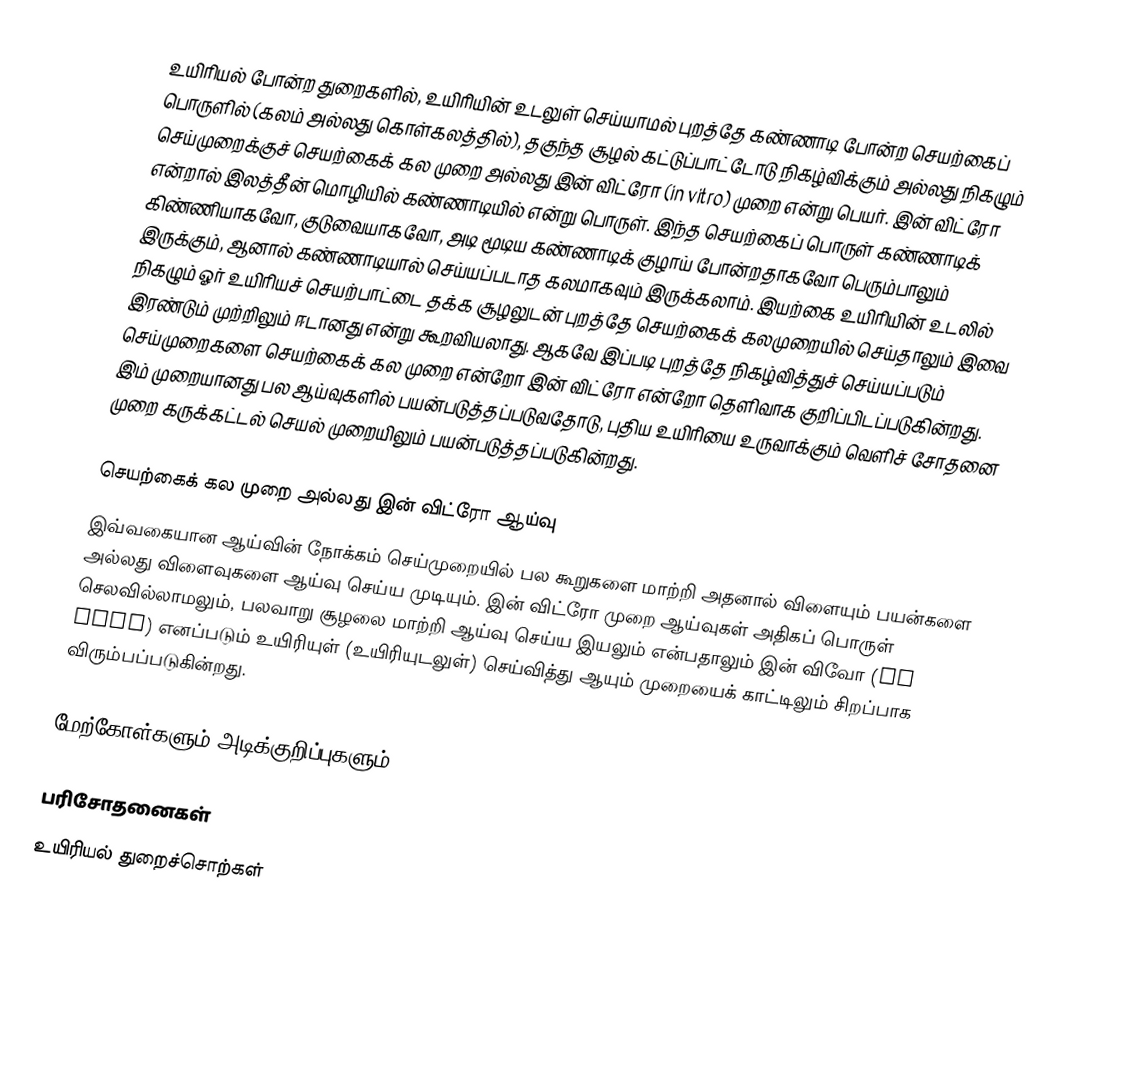
உயிரியல் போன்ற துறைகளில், உயிரியின் உடலுள் செய்யாமல் புறத்தே கண்ணாடி போன்ற செயற்கைப் பொருளில் (கலம் அல்லது கொள்கலத்தில்), தகுந்த சூழல் கட்டுப்பாட்டோடு நிகழ்விக்கும் அல்லது நிகழும் செய்முறைக்குச் செயற்கைக் கல முறை அல்லது இன் விட்ரோ (in vitro) முறை என்று பெயர். இன் விட்ரோ என்றால் இலத்தீன் மொழியில் கண்ணாடியில்  என்று பொருள். இந்த செயற்கைப் பொருள் கண்ணாடிக் கிண்ணியாகவோ, குடுவையாகவோ, அடி மூடிய கண்ணாடிக் குழாய் போன்றதாகவோ பெரும்பாலும் இருக்கும், ஆனால் கண்ணாடியால் செய்யப்படாத கலமாகவும் இருக்கலாம். இயற்கை உயிரியின் உடலில் நிகழும் ஓர் உயிரியச் செயற்பாட்டை தக்க சூழலுடன் புறத்தே செயற்கைக் கலமுறையில் செய்தாலும் இவை இரண்டும் முற்றிலும் ஈடானது என்று கூறவியலாது. ஆகவே இப்படி புறத்தே நிகழ்வித்துச் செய்யப்படும் செய்முறைகளை செயற்கைக் கல முறை என்றோ இன் விட்ரோ என்றோ தெளிவாக குறிப்பிடப்படுகின்றது. இம் முறையானது பல ஆய்வுகளில் பயன்படுத்தப்படுவதோடு, புதிய உயிரியை உருவாக்கும் வெளிச் சோதனை முறை கருக்கட்டல் செயல் முறையிலும் பயன்படுத்தப்படுகின்றது.

செயற்கைக் கல முறை அல்லது இன் விட்ரோ ஆய்வு
இவ்வகையான ஆய்வின் நோக்கம் செய்முறையில் பல கூறுகளை மாற்றி அதனால் விளையும் பயன்களை அல்லது விளைவுகளை ஆய்வு செய்ய முடியும். இன் விட்ரோ முறை ஆய்வுகள் அதிகப் பொருள் செலவில்லாமலும், பலவாறு சூழலை மாற்றி ஆய்வு செய்ய இயலும் என்பதாலும் இன் விவோ (in vivo) எனப்படும் உயிரியுள் (உயிரியுடலுள்) செய்வித்து ஆயும் முறையைக் காட்டிலும் சிறப்பாக விரும்பப்படுகின்றது.

மேற்கோள்களும் அடிக்குறிப்புகளும்

பரிசோதனைகள்
உயிரியல் துறைச்சொற்கள்